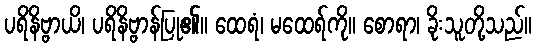
ပရိနိဗ္ဗာယိ၊ ပရိနိဗ္ဗာန်ပြု၏။ ထေရံ၊ မထေရ်ကို။ စောရာ၊ ခိုးသူတို့သည်။